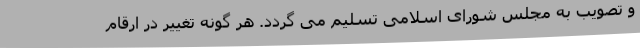
و تصویب به مجلس شورای اسلامی تسلیم می گردد. هر گونه تغییر در ارقام